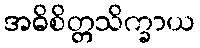
အဓိစိတ္တသိက္ခာယ